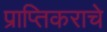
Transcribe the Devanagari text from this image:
प्राप्‍तिकराचे